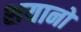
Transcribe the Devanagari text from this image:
शयानो